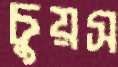
চুয়স